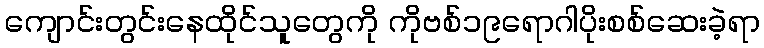
ကျောင်းတွင်းနေထိုင်သူတွေကို ကိုဗစ်၁၉ရောဂါပိုးစစ်ဆေးခဲ့ရာ